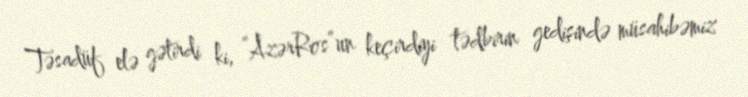
Təsadüf elə gətirdi ki, “AzərRos”un keçirdiyi tədbirin gedişində müsahibəmiz